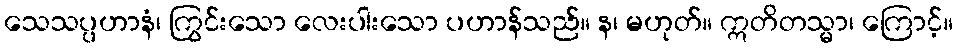
သေသပ္ပဟာနံ၊ ကြွင်းသော လေးပါးသော ပဟာန်သည်။ န၊ မဟုတ်။ ဣတိတသ္မာ၊ ကြောင့်။